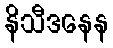
နိသီဒနေန